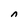
Character: n